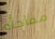
مفاجأه